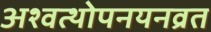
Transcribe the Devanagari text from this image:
अश्वत्थोपनयनव्रत